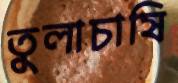
তুলাচাষি